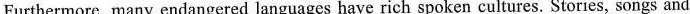
Furthermore, many endangered languages have rich spoken cultures. Stories, songs and